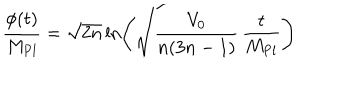
\qquad \frac { \phi ( t ) } { M _ { \mathrm { P l } } } = \sqrt { 2 n } \ln \left( \sqrt { \frac { V _ { 0 } } { n ( 3 n - 1 ) } } \, \frac { t } { M _ { \mathrm { P l } } } \right)